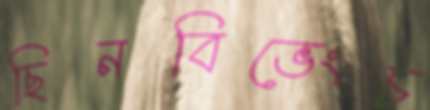
ছিনবিভেংচ